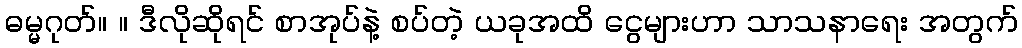
ဓမ္မဂုတ်။ ။ ဒီလိုဆိုရင် စာအုပ်နဲ့ စပ်တဲ့ ယခုအထိ ငွေများဟာ သာသနာရေး အတွက်